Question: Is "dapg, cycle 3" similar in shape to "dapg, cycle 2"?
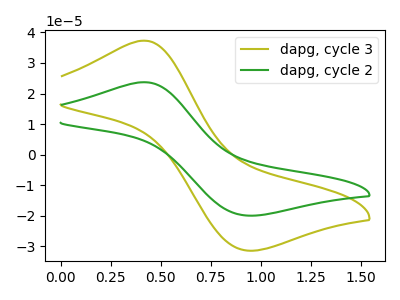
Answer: <think>The olive curve "dapg, cycle 3" has an anodic peak at (0.40V, 37.30uA) and a cathodic peak at (0.95V, -31.40uA). The green curve "dapg, cycle 2" has an anodic peak at (0.40V, 23.70uA) and a cathodic peak at (0.95V, -19.95uA).
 All the peaks in "dapg, cycle 3" have a peak in "dapg, cycle 2" at the same potential. Every peak in "dapg, cycle 3" is higher than every peak in "dapg, cycle 2".</think>
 <answer>"dapg, cycle 3" and "dapg, cycle 2" are similar in shape.</answer>
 <eval>same_shape</eval>